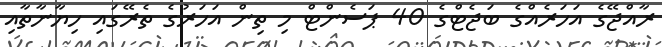
ރާއްޖޭގެ އަހަރެއްގެ ބަޖެޓްގެ 40 ޕަސެންޓް މި ތިން އަހަރުގެ ތެރޭގައި ހިޔާނާތާއި